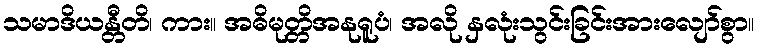
သမာဒိယန္တီတိ၊ ကား။ အဓိမုတ္တိအနုရူပံ၊ အလို နှလုံးသွင်းခြင်းအားလျော်စွာ။